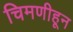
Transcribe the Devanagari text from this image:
चिमणीहून